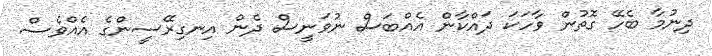
ދިނުމާ ބެހޭ ގޮތުން ވާހަކަ ދައްކާން އެއްބަސް ނުވަނީސް ދެން އިނގިރޭސީންގެ އެއްވެސް